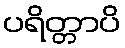
ပရိတ္တာပိ